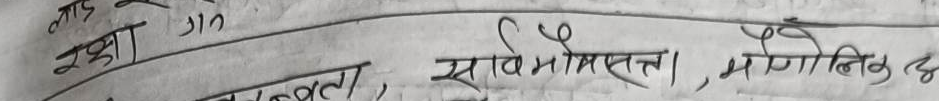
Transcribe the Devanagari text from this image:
नाइ गन
रछा
वता, सार्वभौमसत्ता, मौलिक छ